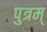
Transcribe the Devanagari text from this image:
पुत्रम्‌